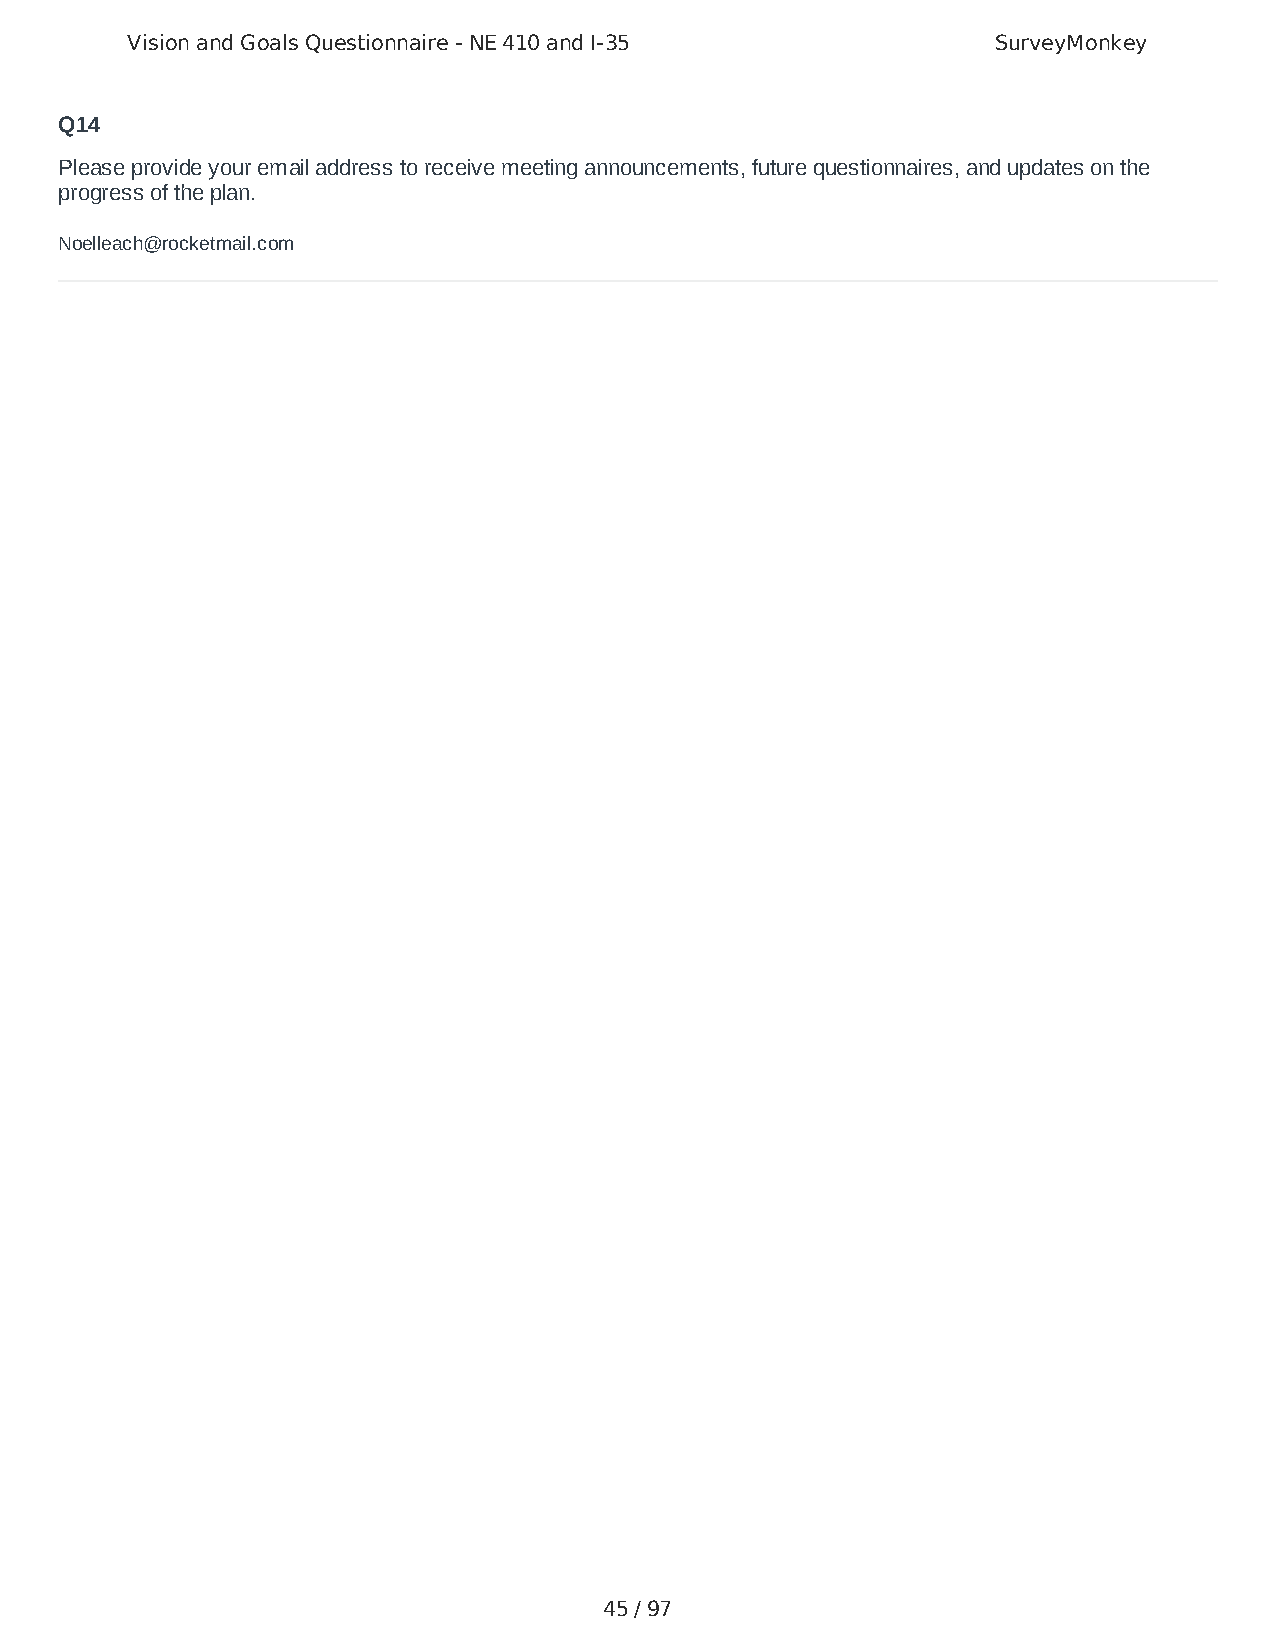
Vision and Goals Questionnaire - NE 410 and I-35          SurveyMonkey
 Q14
 Please provide your email address to receive meeting announcements, future questionnaires, and updates on the
 progress of the plan.
 Noelleach@rocketmail.com
 45 / 97